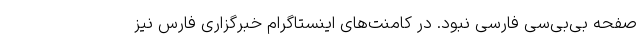
صفحه بی‌بی‌سی فارسی نبود. در کامنت‌های اینستاگرام خبرگزاری فارس نیز